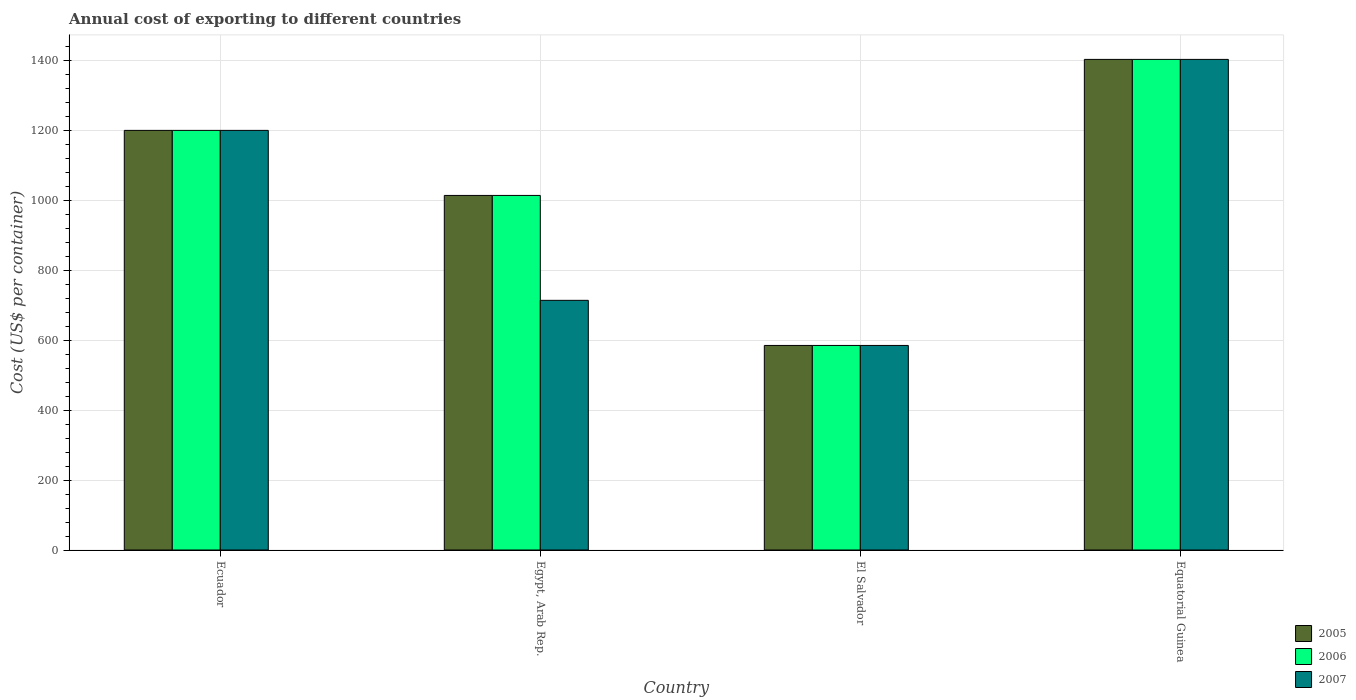
| Country | 2005 | 2006 | 2007 |
 | --- | --- | --- | --- |
 | Ecuador | 1.2e+03 | 1.2e+03 | 1.2e+03 |
 | Egypt, Arab Rep. | 1.01e+03 | 1.01e+03 | 714 |
 | El Salvador | 585 | 585 | 585 |
 | Equatorial Guinea | 1.4e+03 | 1.4e+03 | 1.4e+03 |